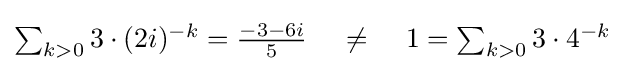
\textstyle \sum _{k>0}3\cdot (2i)^{-k}={\tfrac {-3-6i}{5}}\;\;\;\;\neq \;\;\;\;1=\sum _{k>0}3\cdot 4^{-k}